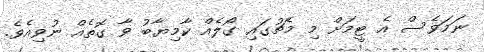
ނަމަވެސް އެ ޓީމަށް މި މެޗުގައި ގޯލެއް ކާމިޔާބު ވާ ގޮތެއް ނުވިއެވެ.